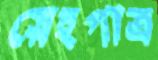
স্নেহপাত্র